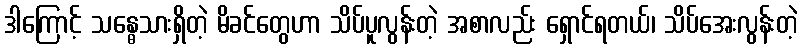
ဒါကြောင့် သန္ဓေသားရှိတဲ့ မိခင်တွေဟာ သိပ်ပူလွန်းတဲ့ အစာလည်း ရှောင်ရတယ်၊ သိပ်အေးလွန်းတဲ့